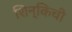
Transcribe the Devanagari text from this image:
शिन्किची